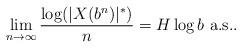
LaTeX: \begin{align*}\lim_{n \to \infty}\frac{\log (|X(b^{n})|^*)}{n} = H \log b \mbox{ a.s.}.\end{align*}